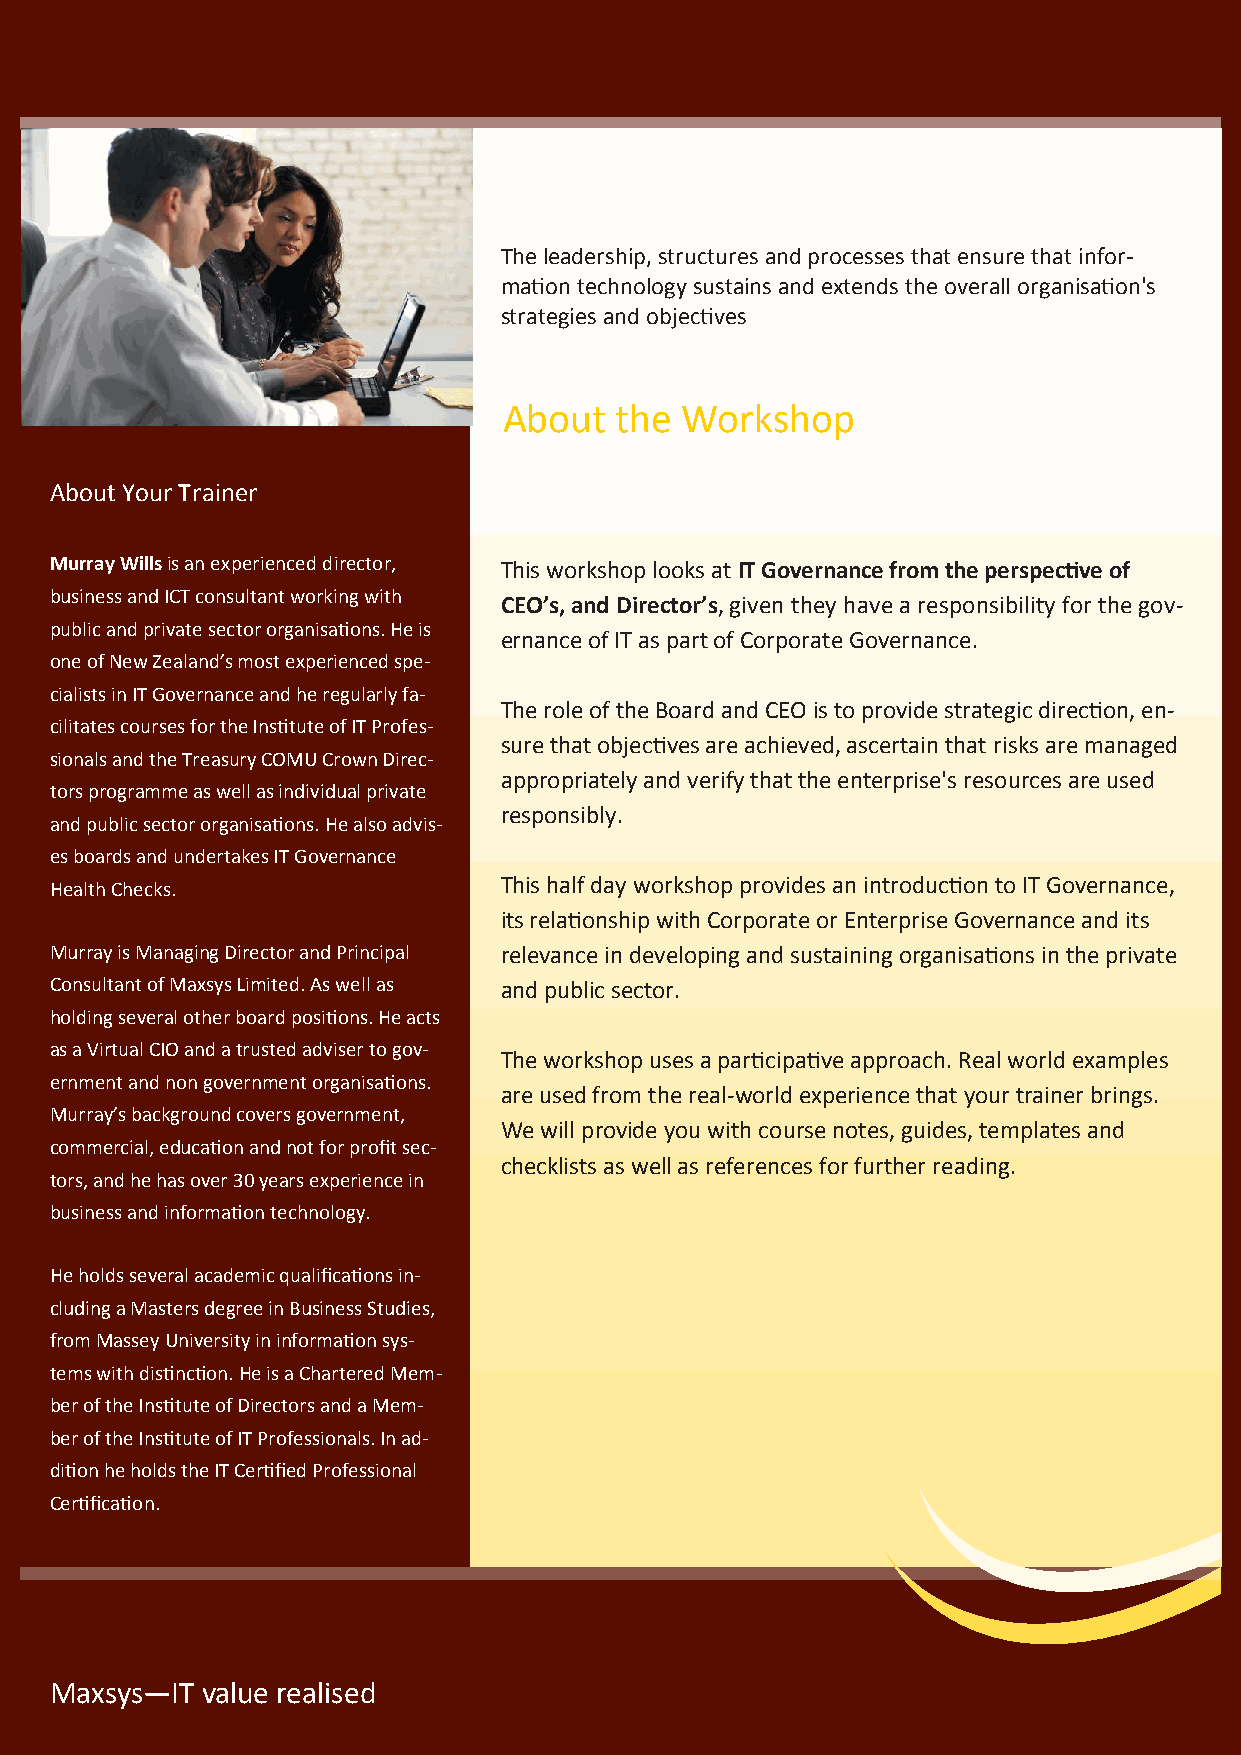
IT Governance
 The leadership, structures and processes that ensure that infor-
 mation technology sustains and extends the overall organisation's
 strategies and objectives
 About   the Workshop
 About Your Trainer
 Murray Wills is an experienced director, This workshop looks at IT Governance from the perspective of
 business and ICT consultant working with
 CEO’s, and Director’s, given they have a responsibility for the gov-
 public and private sector organisations. He is
 ernance of IT as part of Corporate Governance.
 one of New Zealand’s most experienced spe-
 cialists in IT Governance and he regularly fa-
 The role of the Board and CEO is to provide strategic direction, en-
 cilitates courses for the Institute of IT Profes-
 sure that objectives are achieved, ascertain that risks are managed
 sionals and the Treasury COMU Crown Direc-
 appropriately and verify that the enterprise's resources are used
 tors programme as well as individual private
 responsibly.
 and public sector organisations. He also advis-
 es boards and undertakes IT Governance
 Health Checks.                This half day workshop provides an introduction to IT Governance,
 its relationship with Corporate or Enterprise Governance and its
 Murray is Managing Director and Principal relevance in developing and sustaining organisations in the private
 Consultant of Maxsys Limited. As well as and public sector.
 holding several other board positions. He acts
 as a Virtual CIO and a trusted adviser to gov-
 The workshop uses a participative approach. Real world examples
 ernment and non government organisations.
 are used from the real-world experience that your trainer brings.
 Murray’s background covers government,
 We will provide you with course notes, guides, templates and
 commercial, education and not for profit sec-
 checklists as well as references for further reading.
 tors, and he has over 30 years experience in
 business and information technology.
 He holds several academic qualifications in-
 cluding a Masters degree in Business Studies,
 from Massey University in information sys-
 tems with distinction. He is a Chartered Mem-
 ber of the Institute of Directors and a Mem-
 ber of the Institute of IT Professionals. In ad-
 dition he holds the IT Certified Professional
 Certification.
 Maxsys—IT value realised